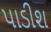
પાડીશ